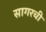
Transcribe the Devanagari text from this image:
सागरची